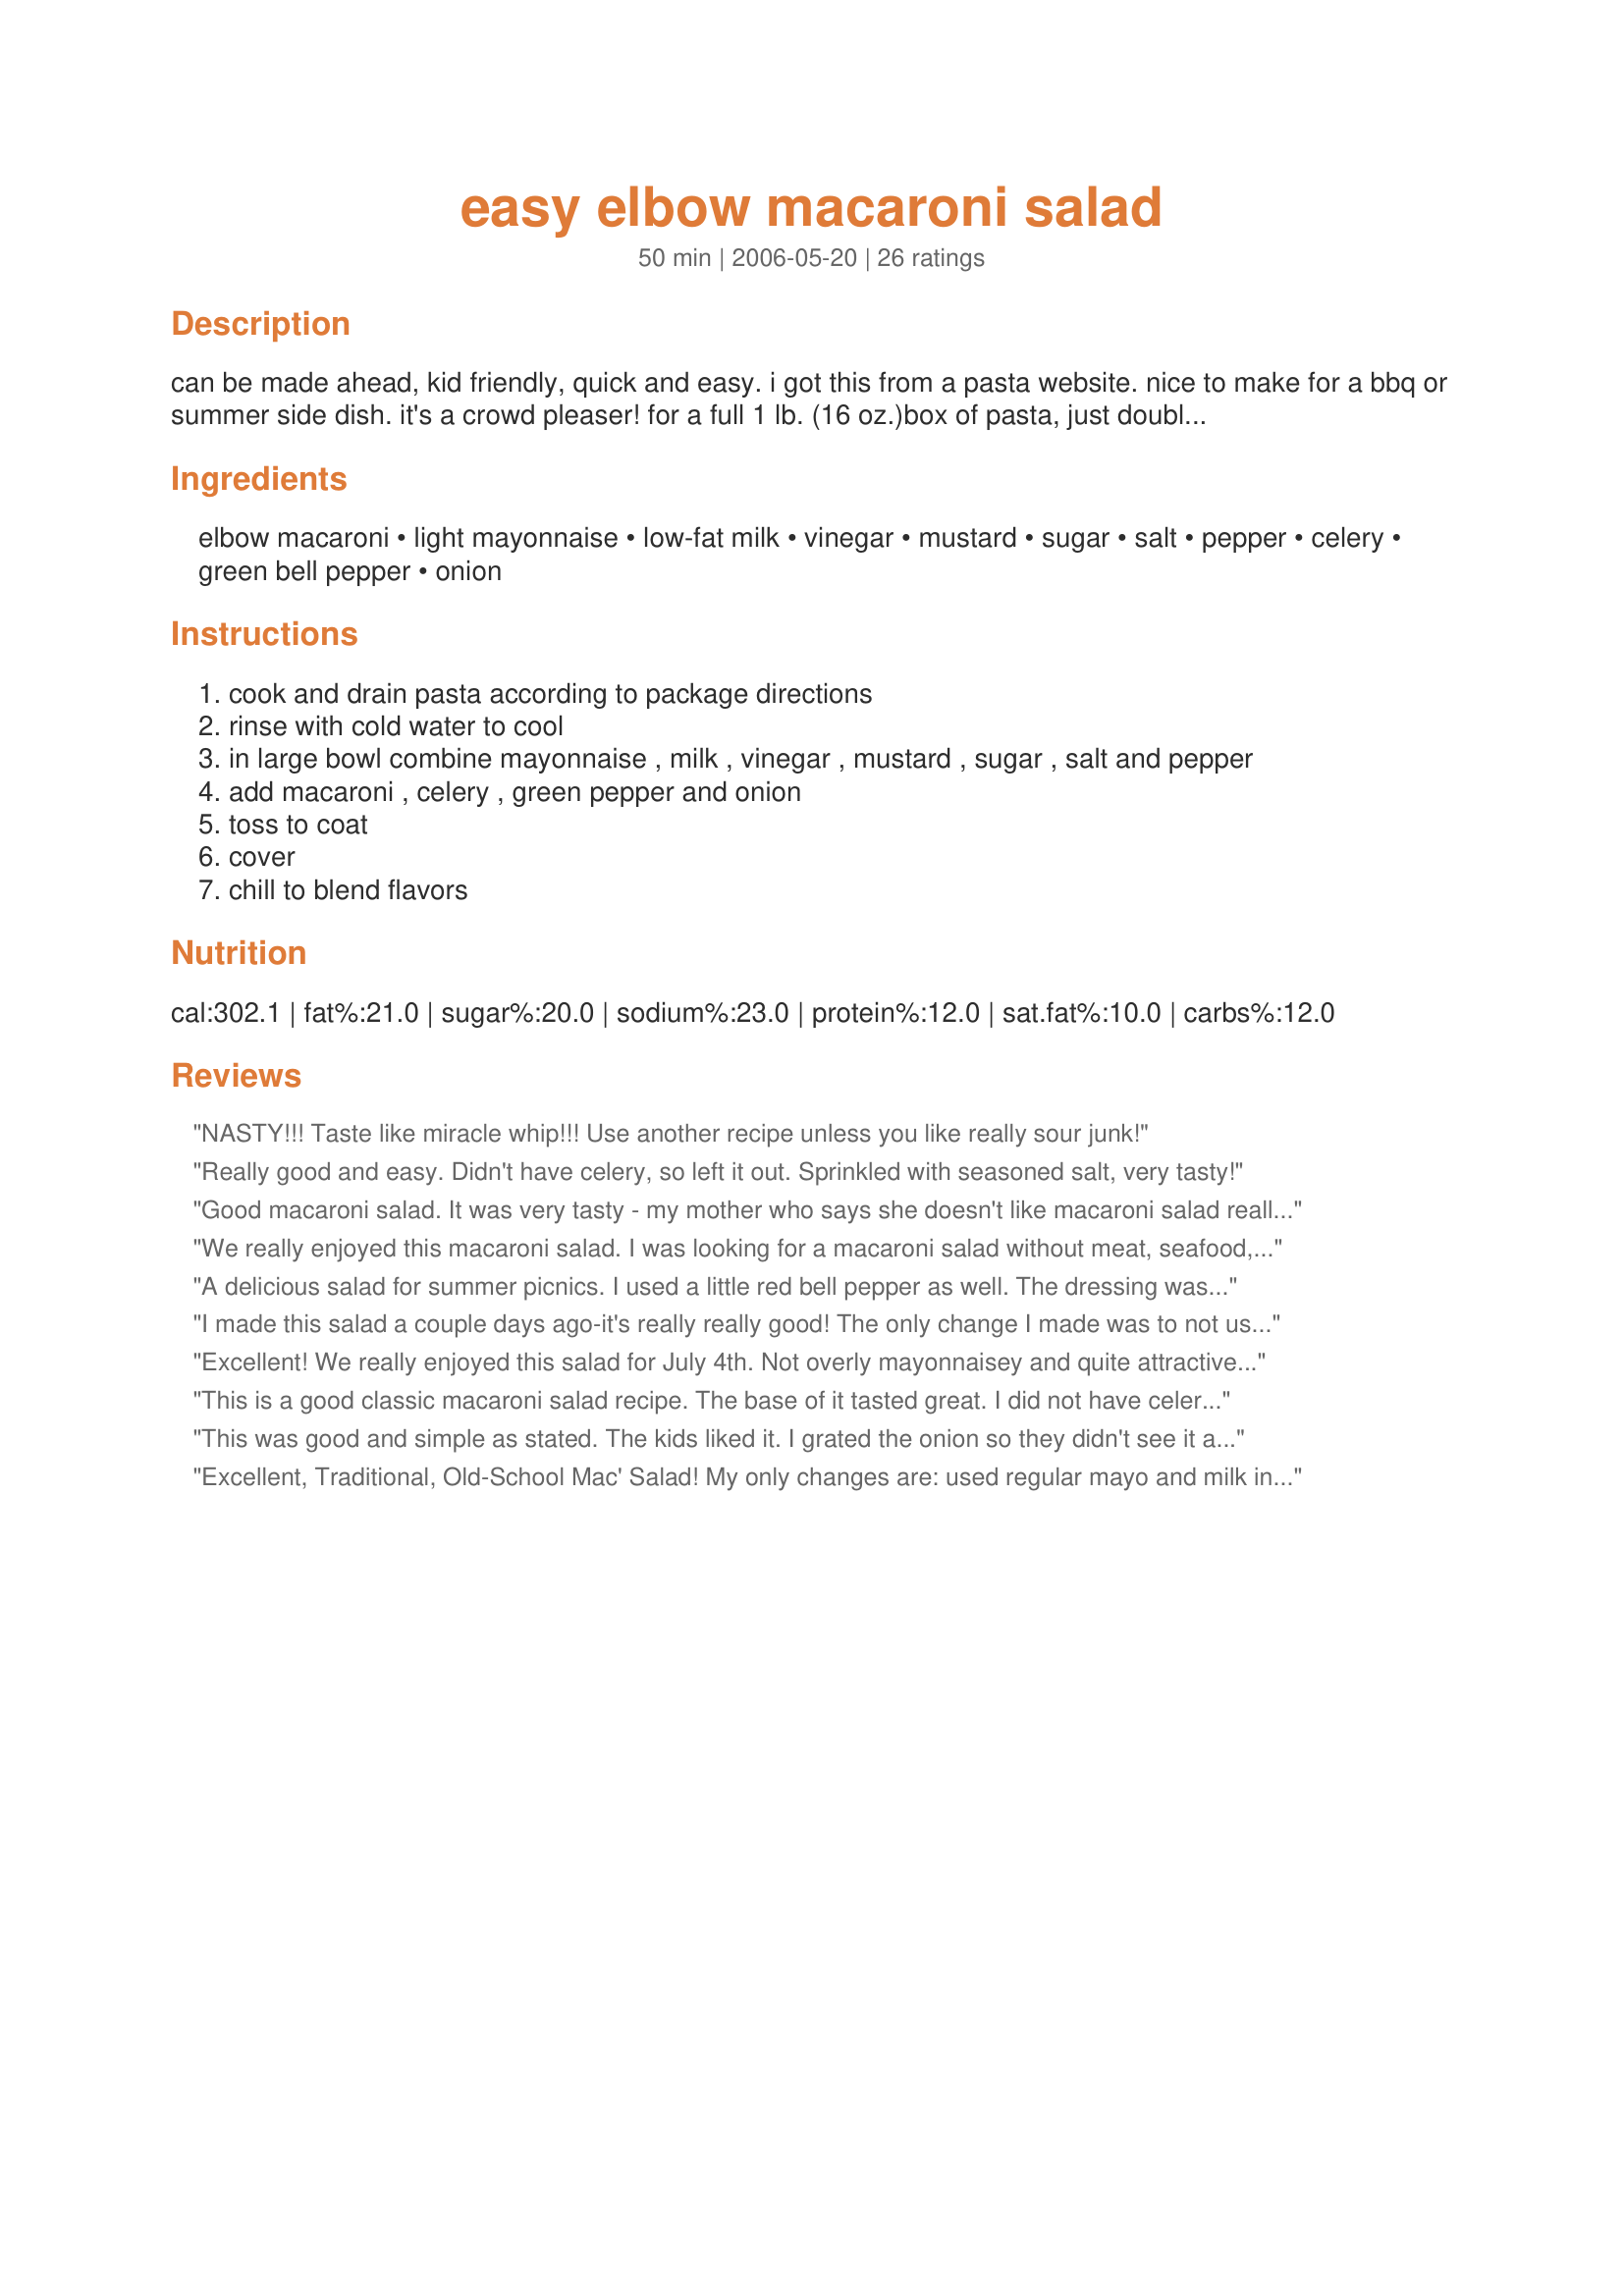
easy elbow macaroni salad
Preparation time: 50 minutes

can be made ahead, kid friendly, quick and easy. i got this from a pasta website. nice to make for a bbq or summer side dish. it's a crowd pleaser! for a full 1 lb. (16 oz.)box of pasta, just double the recipe. i usually make this with regular mayo and milk since that's what i have in the house.

Ingredients:
elbow macaroni, light mayonnaise, low-fat milk, vinegar, mustard, sugar, salt, pepper, celery, green bell pepper, onion

Steps:
cook and drain pasta according to package directions
rinse with cold water to cool
in large bowl combine mayonnaise , milk , vinegar , mustard , sugar , salt and pepper
add macaroni , celery , green pepper and onion
toss to coat
cover
chill to blend flavors

Reviews:
NASTY!!! Taste like miracle whip!!! Use another recipe unless you like really sour junk!
Really good and easy. Didn't have celery, so left it out. Sprinkled with seasoned salt, very tasty!
Good macaroni salad. It was very tasty - my mother who says she doesn't like macaroni salad really liked this. I replaced the green pepper with 1/2 cup of red pepper and 1/2 cup of shredded carrot.
We really enjoyed this macaroni salad. I was looking for a macaroni salad without meat, seafood, or a lot of other added ingredients -- just a good, old fashioned, tasty macaroni salad. This was a hit with all!!
A delicious salad for summer picnics. I used a little red bell pepper as well. The dressing was a tiny bit too tangy for my liking so next time I will add only 1 tablespoon of vinegar. I might add a couple of chopped hard boiled eggs too as I missed that in this salad. Thanks for sharing.
I made this salad a couple days ago-it's really really good! The only change I made was to not use lowfat anything as well as added cubed sharp cheddar cheese. It was my favorite mac salad that I've ever made!! Thanks so much for sharing this!
Excellent! We really enjoyed this salad for July 4th. Not overly mayonnaisey and quite attractive. Used a combination of green and red peppers, and light Hellman's mayo. Easy and delicious. Thanks for sharing your recipe!
This is a good classic macaroni salad recipe. The base of it tasted great. I did not have celery but I added chopped roma tomatoes and added a spoonful of sweet pickle relish, then I read the other reviews and saw that someone added cubed cheddar cheese so I added that too. I think it will be my "staple" macaroni salad recipe.
This was good and simple as stated. The kids liked it. I grated the onion so they didn't see it and it went over well. Thanks!
Excellent, Traditional, Old-School Mac' Salad! My only changes are: used regular mayo and milk instead of low fat, used mixture of diced red and green bell peppers for additional color, used diced red onion, also for more color.
Very yummy and simple! I did not use peppers, but I used ground red pepper; still delicious!! Will use this recipe more!:)
Great salad! I always came up short when I tried other mac salad recipes, but this was exactly what I wanted. My favorite mac salad comes from the Publix deli, and this tasted just like it! I did adjust the amounts to just cover my pasta since I didn't want this to be soupy at all. I also substituted red pepper for the green pepper since that's what I had. Will make this again for sure! Thank you!!!
Excellant recipe, we threw this together for our BBQ. I used red peppers instead of green. I also used FF mayo and it did not alter the taste at all.
I made this recipe for a potluck recently, and it turned out great! Only I had to significantly alter the recipe to make it turn out that way. First of all, I tripled the recipe, but only doubled the mayo because I found that 2 cups was too much already; second, I added large amounts of lemon juice (I didn't measure any of my additions precisely), because it was just too bland with only 2 tbsps of vinegar; third, I added cubed cheddar cheese and tomatoes, and used red as well as green peppers. I also added a healthy dose of cayenne pepper for flavour, and approximately doubled the mustard. Basically, this recipe is a great place to start, but it needs lots of extras to give it a kick. It's quite bland (and heavy on the mayo!) otherwise. I found that the lemon juice was what really did the trick! Thanks for the starters, though, Oolala!
Good, basic mac salad though sorry to say there's not anything special about it. I found it a bit boring but think the picky eaters in my circle might like it.
I added capers and red onion for taste. I also used Miracle Whip instead of mayo and I didnt have bell peppers or celery. It was even better the 2nd day.
This was OK for us. I followed the recipe as written other then I used carrots instead of peppers. The sauce was sour for us so I did add two more teaspoons of sugar. This made it taste better but it was missing something for us. This was very dry for us too.
Left out the milk. Cooked 3 eggs and crushed the yolks of 2 of them into the dressing which keeps it from separating. Sliced remaining egg and egg whites and tossed in with macaroni.
We really enjoyed this salad. I added a tbsp of sweet pickle relish and it was very good. Thanks for a "keeper" 
Carole in Orlando
The word delicious should be added to the name of this recipe. I made a double portion and added a can of tuna in water to one of them. Both versions were a big hit with everyone especially my 3 1/2 year old grandson.
Simple and delish....Just what I've been looking for. Thanks
Very simple salad to make and with &#039;on-hand&#039; ingredients, makes it even better. I tossed in some chopped tomato to add some color. I like that it has some crunch to it too. Maybe next time I&#039;ll add some chopped eggs. Excellent recipe!
Very good. Just like from the deli. I left out the celery (didn't have any) and left out the mustard. I did not have to use as much mayo, more like 1/2 cup or so. I also added 1/2 cup shredded cheddar cheese to it. I thought it tasted even better the next day. Thanks for a great recipe. Have never been able to make good macaroni salad until now. Will make often!
Love this recipie ! Made for my job and residents loved it , thanks ! Had to add hard boiled eggs and celery seed too , corse made it for 30 instead of 6 . Awesome reviews !
Since 1973, I've been trying to duplicate the macaroni salad from a deli I worked at in Ames, Iowa. I loved that salad, and this is as close as I've come to it. The only addition, to make it more like the one I wanted, is a handful of cubed, mild Cheddar cheese. Great salad. Thanks!
This is a pretty good basic recipe. I used half of the mayo, omitted the milk, used apple cider vinegar and used peas and corn instead of the peppers and celery. It made a really nice creamy salad. I will use this recipe again :)
